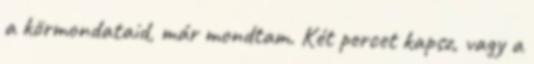
a körmondataid, már mondtam. Két percet kapsz, vagy a